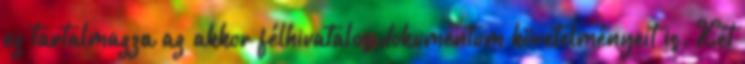
ez tartalmazza az akkor félhivatalos dokumentum követelményeit is. Két